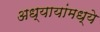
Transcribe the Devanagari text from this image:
अध्यायांमध्ये